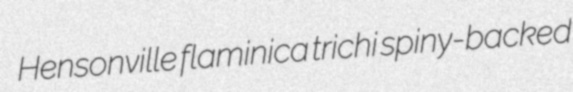
Hensonville flaminica trichi spiny-backed